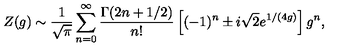
Z ( g ) \sim { \frac { 1 } { \sqrt { \pi } } } \sum _ { n = 0 } ^ { \infty } { \frac { \Gamma ( 2 n + 1 / 2 ) } { n ! } } \left[ ( - 1 ) ^ { n } \pm i \sqrt { 2 } e ^ { 1 / ( 4 g ) } \right] g ^ { n } ,